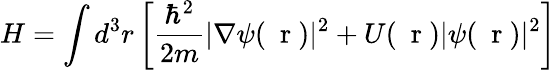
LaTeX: H=\int d^{3}r\left[\frac{\hbar^{2}}{2m}|\nabla\psi(\mathrm{~\mathbf~r~})|^{2}+U(\mathrm{~\mathbf~r~})|\psi(\mathrm{~\mathbf~r~})|^{2}\right]